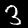
Label: 3